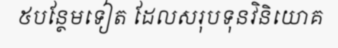
៥បន្ថែមទៀត ដែលសរុបទុនវិនិយោគ